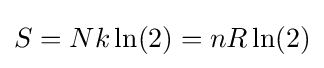
S=Nk\ln(2)=nR\ln(2)